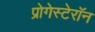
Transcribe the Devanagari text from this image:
प्रोगेस्टेरॉन